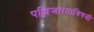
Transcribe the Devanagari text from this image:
पक्षिजगताविषयी